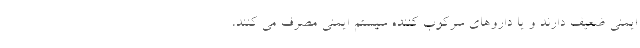
ایمنی ضعیف دارند و یا داروهای سرکوب کننده سیستم ایمنی مصرف می کنند،